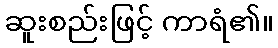
ဆူးစည်းဖြင့် ကာရံ၏။